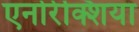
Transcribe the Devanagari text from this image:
एनोरेक्शिया